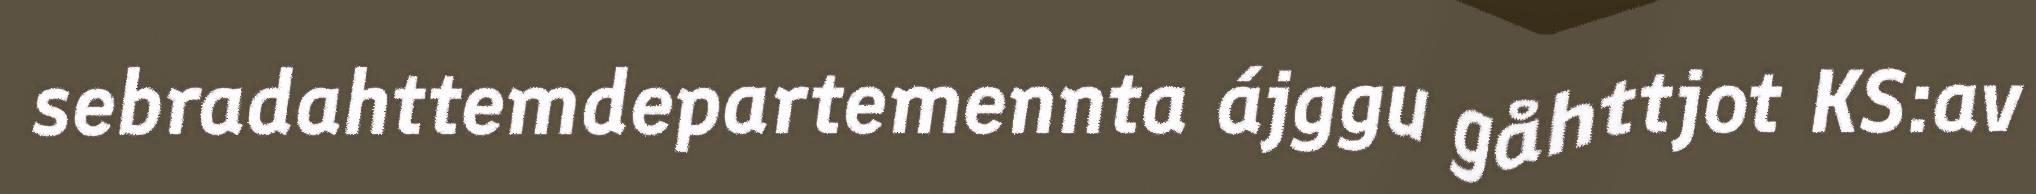
sebradahttemdepartemennta ájggu gåhttjot KS:av